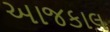
અાજકાલ